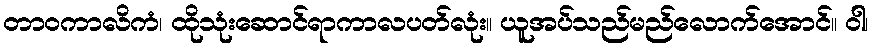
တာဝကာလိကံ၊ ထိုသုံးဆောင်ရာကာလပတ်လုံး။ ယူအပ်သည်မည်လောက်အောင်။ ဝါ၊